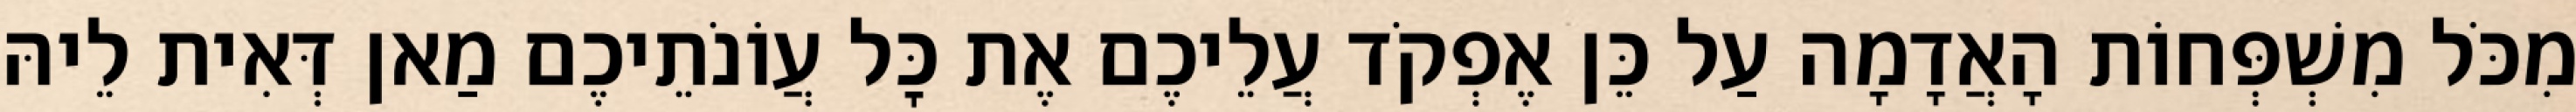
מִכֹּל מִשְׁפְּחוֹת הָאֲדָמָה עַל כֵּן אֶפְקֹד עֲלֵיכֶם אֶת כׇּל עֲוֹנֹתֵיכֶם מַאן דְּאִית לֵיהּ